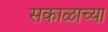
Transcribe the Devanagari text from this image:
सकाळाच्या